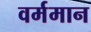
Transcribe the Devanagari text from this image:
वर्ममान